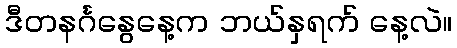
ဒီတနင်္ဂနွေနေ့က ဘယ်နှရက် နေ့လဲ။